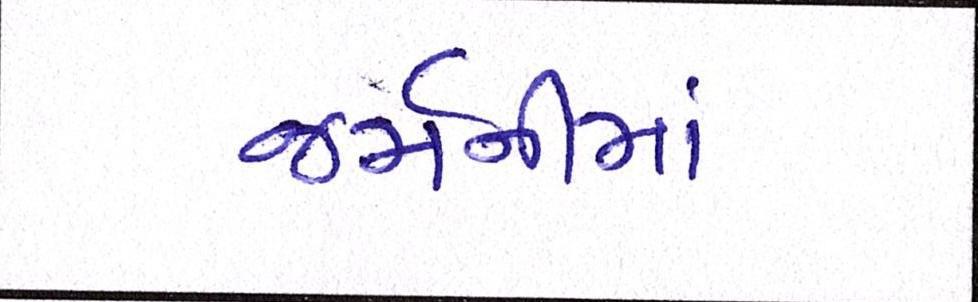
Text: જર્મનીમાં